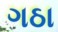
ગઠા